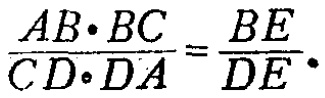
\(\frac{AB\cdot BC}{CD\cdot DA}=\frac{BE}{DE}\)